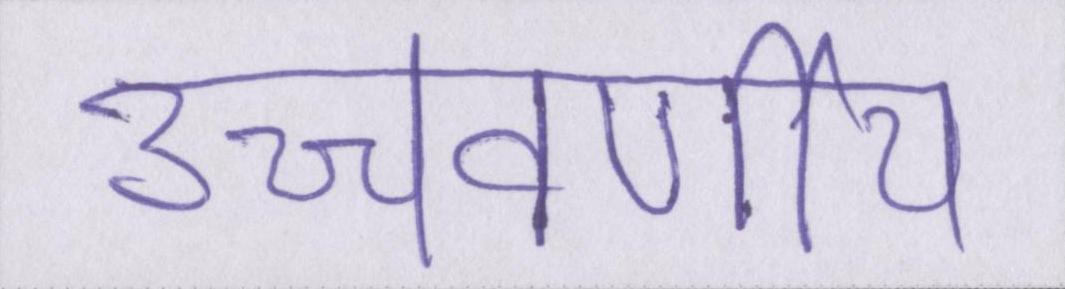
उच्चवर्णीय